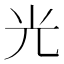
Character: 光